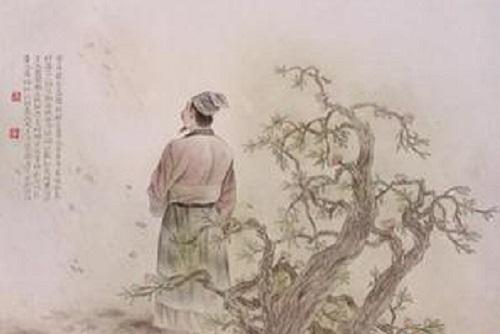
从别后，忆相逢，几回魂梦与君同。